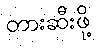
တားဆီးဖို့